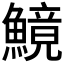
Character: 𩺿